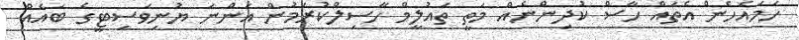
ހަމައެހެން އެތައް ހާސް ކުދިންނެއް މަތީ ތައުލީމް ހާސިލްކުރަމުން އަންނަ ޔުނިވަސިޓީގެ ބައެއް